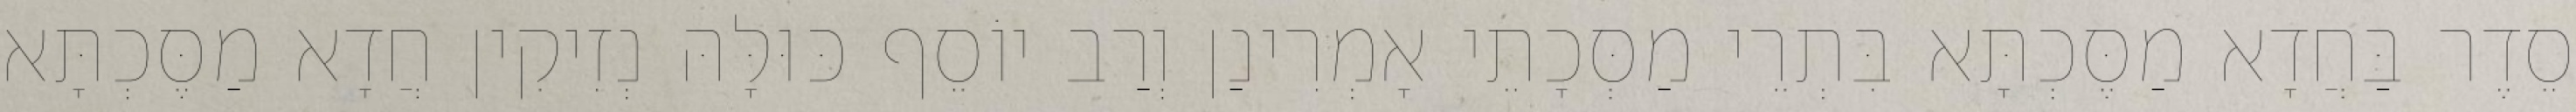
סֵדֶר בַּחֲדָא מַסֶּכְתָּא בִּתְרֵי מַסְּכָתֵי אָמְרִינַן וְרַב יוֹסֵף כּוּלָּהּ נְזִיקִין חֲדָא מַסֶּכְתָּא